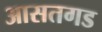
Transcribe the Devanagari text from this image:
आसतगड